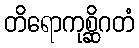
တိရောကုစ္ဆိဂတံ